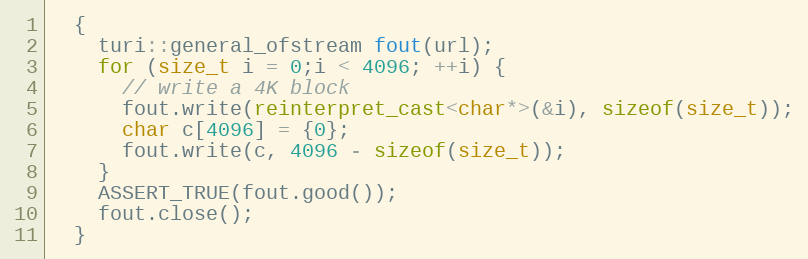
Language: C++
  {
    turi::general_ofstream fout(url);
    for (size_t i = 0;i < 4096; ++i) {
      // write a 4K block
      fout.write(reinterpret_cast<char*>(&i), sizeof(size_t));
      char c[4096] = {0};
      fout.write(c, 4096 - sizeof(size_t));
    }
    ASSERT_TRUE(fout.good());
    fout.close();
  }